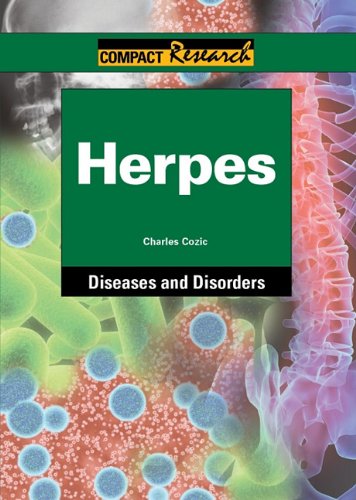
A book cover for Herpes (Compact Research Series); Charles Cozic; Health, Fitness & Dieting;